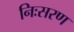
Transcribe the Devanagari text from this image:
निःसरण